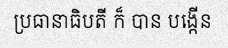
ប្រធានាធិបតី ក៏ បាន បង្កើន